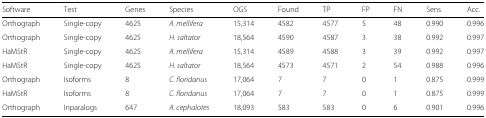
| Software | Test | Genes | Species | OGS | Found | TP | FP | FN | Sens. | Acc. |
 | --- | --- | --- | --- | --- | --- | --- | --- | --- | --- | --- |
 | Orthograph | Single-copy | 4625 | A. mellifera | 15,314 | 4582 | 4577 | 5 | 48 | 0.990 | 0.996 |
 | Orthograph | Single-copy | 4625 | H. saltator | 18,564 | 4590 | 4587 | 3 | 38 | 0.992 | 0.997 |
 | HaMStR | Single-copy | 4625 | A. mellifera | 15,314 | 4589 | 4588 | 3 | 39 | 0.992 | 0.997 |
 | HaMStR | Single-copy | 4625 | H. saltator | 18,564 | 4573 | 4571 | 2 | 54 | 0.988 | 0.996 |
 | Orthograph | Isoforms | 8 | C. floridanus | 17,064 | 7 | 7 | 0 | 1 | 0.875 | 0.999 |
 | HaMStR | Isoforms | 8 | C. floridanus | 17,064 | 7 | 7 | 0 | 1 | 0.875 | 0.999 |
 | Orthograph | Inparalogs | 647 | A. cephalotes | 18,093 | 583 | 583 | 0 | 6 | 0.901 | 0.996 |